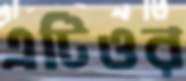
এটিওর